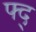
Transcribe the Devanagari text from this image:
फ्द्